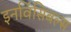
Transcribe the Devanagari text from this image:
इनविंसिबल्स